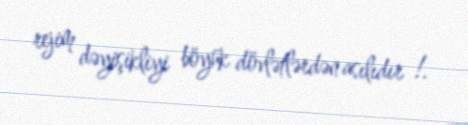
rejim dəyişikliyi böyük dövlətlərdən asılıdır !.